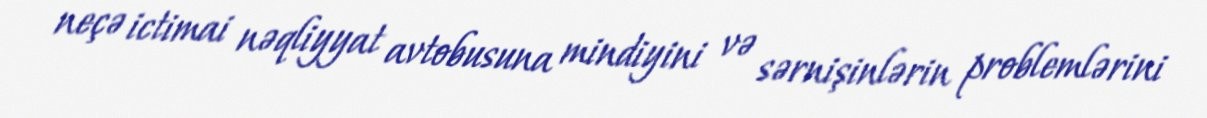
neçə ictimai nəqliyyat avtobusuna mindiyini və sərnişinlərin problemlərini